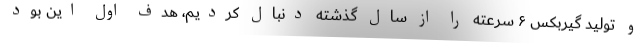
و تولید گیربکس ۶ سرعته را از سال گذشته دنبال کردیم، هدف اول این بود